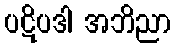
ပဋိပဒါ အဘိညာ